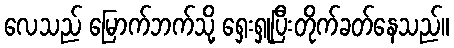
လေသည် မြောက်ဘက်သို့ ရှေးရှုပြီးတိုက်ခတ်နေသည်။